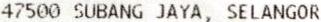
47500 SUBANG JAYA, SELANGOR